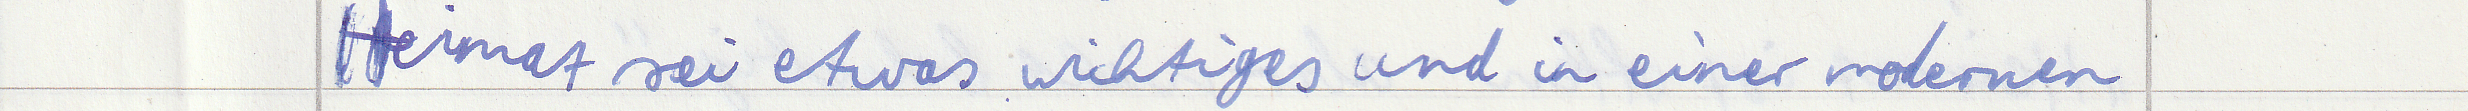
Heimat sei etwas wichtiges und in einer modernen